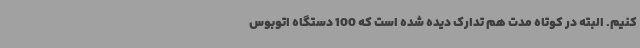
کنیم. البته در کوتاه مدت هم تدارک دیده شده است که 100 دستگاه اتوبوس